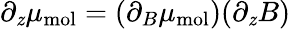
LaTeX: \partial_{\mathit{z}}\mu_{\mathrm{{mol}}}=(\partial_{B}\mu_{\mathrm{{mol}}})(\partial_{\mathit{z}}B)